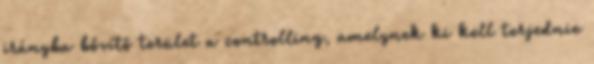
irányba bővítő terület a controlling, amelynek ki kell terjednie